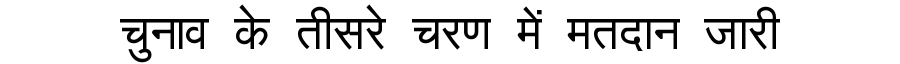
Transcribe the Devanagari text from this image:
चुनाव के तीसरे चरण में मतदान जारी